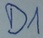
Text: D1